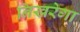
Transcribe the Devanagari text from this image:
निखरेगा